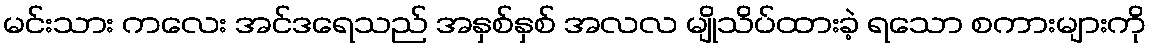
မင်းသား ကလေး အင်ဒရေသည် အနှစ်နှစ် အလလ မျိုသိပ်ထားခဲ့ ရသော စကားများကို